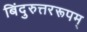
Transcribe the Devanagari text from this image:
बिंदुरुत्तररूपम्